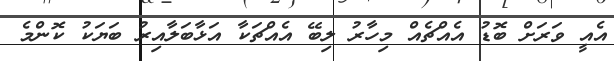
އެއީ ވަރަށް ބޮޑު އެއްޗެއް މިހާރު ލިބޭ އެއްޗަކާ އަޅާބަލާއިރު ބަޔަކު ކޮންމެ